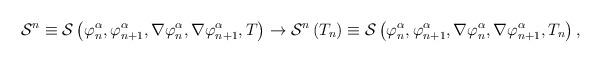
LaTeX: \begin{align*}{\cal S}^n\equiv {\cal S}\left( \varphi _n^\alpha ,\varphi _{n+1}^\alpha,\nabla \varphi _n^\alpha ,\nabla \varphi _{n+1}^\alpha ,T\right)\rightarrow {\cal S}^n\left( T_n\right) \equiv {\cal S}\left( \varphi_n^\alpha ,\varphi _{n+1}^\alpha ,\nabla \varphi _n^\alpha ,\nabla \varphi_{n+1}^\alpha ,T_n\right) ,\end{align*}